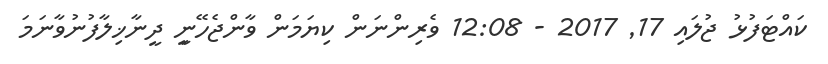
ކައްޓަފުޅު ޖުލައި 17